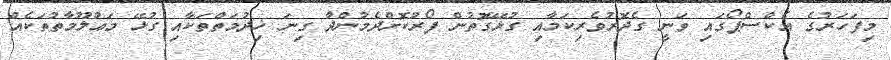
މިފަަހަރުގެ އެކްސްޕޯގައި ވަނީ ގެދޮރުވެރިކަމާއި ގުޅޭގޮތުން ފޯރުކޮށްދެމުންދާ ގިނަ ޚިދުމަތްތަކާއި ގުޅޭ މަޢުލޫމާތުތަކެއް